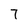
Character: 7